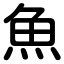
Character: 魚